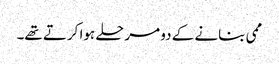
ممی بنانے کے دو مرحلے ہوا کرتے تھے۔